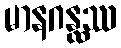
မာနဂန္ထဿ